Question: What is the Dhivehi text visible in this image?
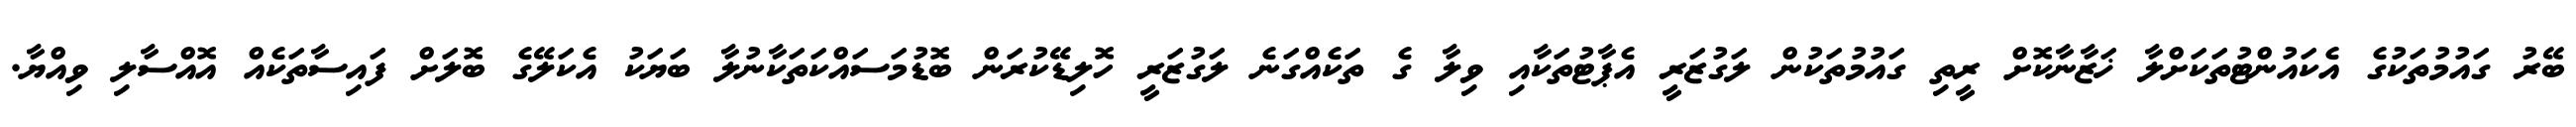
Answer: ބޭރު ގައުމުތަކުގެ އެކައުންޓުތަކަށްލާ ޚަޒާނާކޮށް ރީތި ގައުމުތަކުން ލަގުޒަރީ އެޕާޓުތަކާއި ވިލާ ގެ ތަކެއްގަނެ ލަގުޒަރީ ހޮލިޑޭކުރަން ބޮޑުމަސައްކަތަކާނުލާ ބަޔަކު އެކަލޭގެ ބޮލަށް ފައިސާތަކެއް އޮއްސާލި ވިއްޔާ.